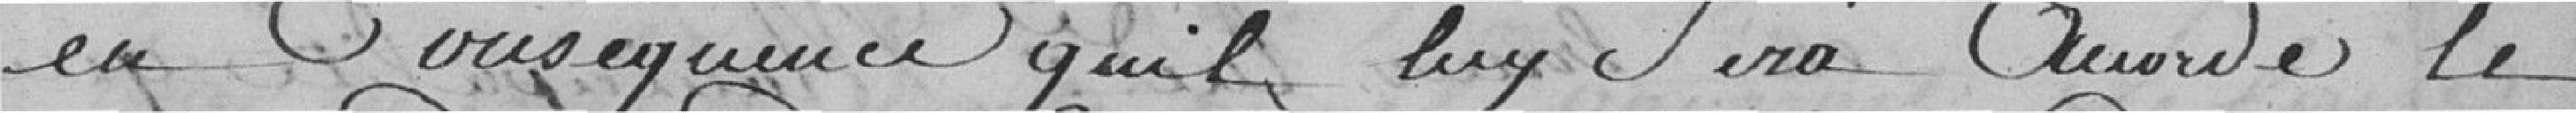
en conséquence qu'il lui sera accordé le